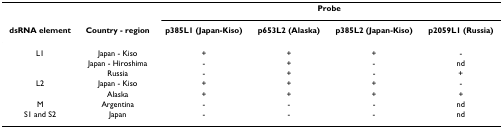
|  |  | <COLSPAN=4> Probe |
 | dsRNA element | Country - region | p385L1 (Japan-Kiso) | p653L2 (Alaska) | p385L2 (Japan-Kiso) | p2059L1 (Russia) |
 | --- | --- | --- | --- | --- | --- |
 | L1 | Japan - Kiso | + | + | + | - |
 |  | Japan - Hiroshima | - | + | - | nd |
 |  | Russia | - | + | - | + |
 | L2 | Japan - Kiso | + | + | + | - |
 |  | Alaska | + | + | + | + |
 | M | Argentina | - | - | - | nd |
 | S1 and S2 | Japan | - | - | - | nd |